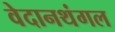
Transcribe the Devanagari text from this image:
वेदानथंगल